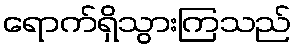
ရောက်ရှိသွားကြသည်